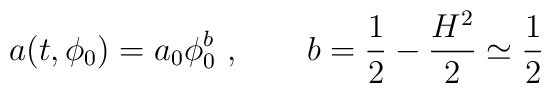
a (t, \phi_0) = a_0 \phi_0^b~, \qquad b = \frac{1}{2} - \frac{H^2}{2}\simeq \frac{1}{2}